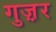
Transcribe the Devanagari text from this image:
गुज़़र